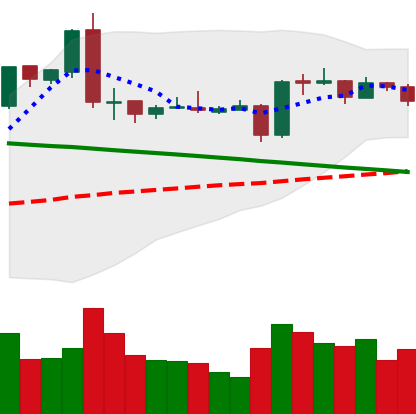
Ticker: EOS-USD
Chart end date: 2019-03-11
Forward return: 6.61%
Label: up_5_7